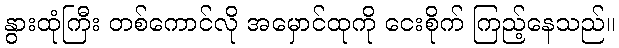
နွားထုံကြီး တစ်ကောင်လို အမှောင်ထုကို ငေးစိုက် ကြည့်နေသည်။